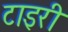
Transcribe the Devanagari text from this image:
टाइरी